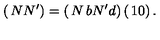
\left( \begin{matrix} { N } \\ { N ^ { \prime } } \\ \end{matrix} \right) = \left( \begin{matrix} { N } & { b } \\ { N ^ { \prime } } & { d } \\ \end{matrix} \right) \left( \begin{matrix} { 1 } \\ { 0 } \\ \end{matrix} \right) .